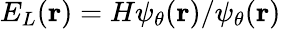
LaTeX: E_{L}(\mathbf{r})=H\psi_{\theta}(\mathbf{r})/\psi_{\theta}(\mathbf{r})